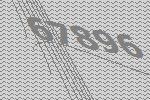
67896